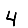
Digit: 4